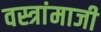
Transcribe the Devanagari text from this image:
वस्त्रांमाजी